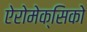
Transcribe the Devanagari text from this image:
ऐरोमेक्सिको